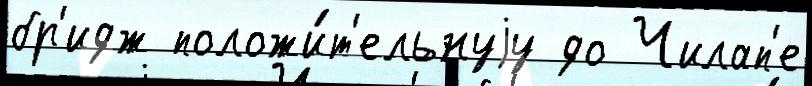
бр'идж положи́т'ельнуjу до Чилап'е